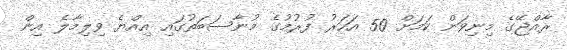
ރާއްޖޭގެ މިނިވަން ކަމަށް 50 އަހަރު ފުރުމުގެ މުނާސަބަތުގައި އިއްޔެ ވިލިމާލެ އިން